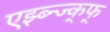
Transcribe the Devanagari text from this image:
एझ्ब्न्ज्क्फ्